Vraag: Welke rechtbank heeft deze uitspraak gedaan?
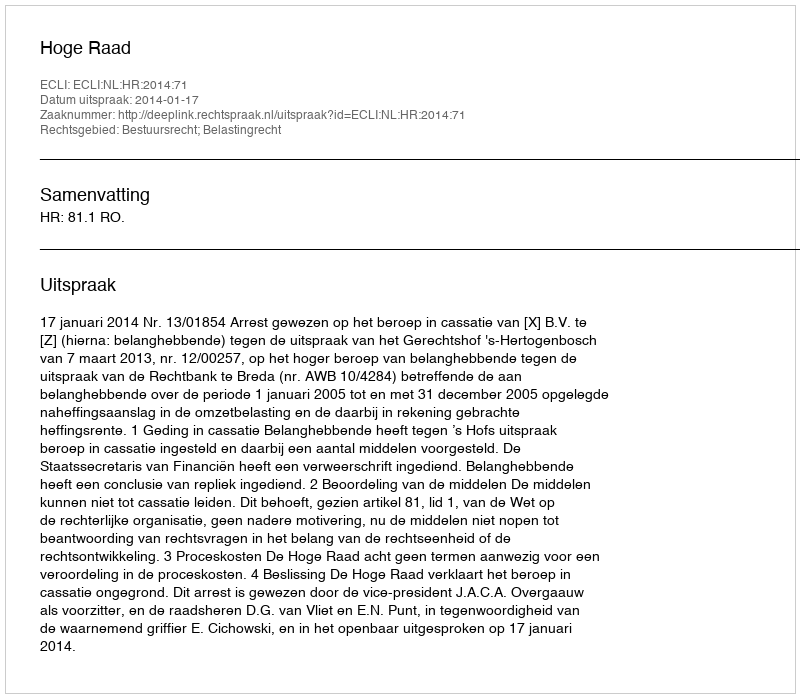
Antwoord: Hoge Raad